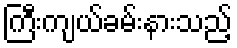
ကြီးကျယ်ခမ်းနားသည့်